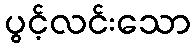
ပွင့်လင်းသော